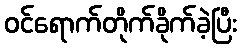
ဝင်ရောက်တိုက်ခိုက်ခဲ့ပြီး